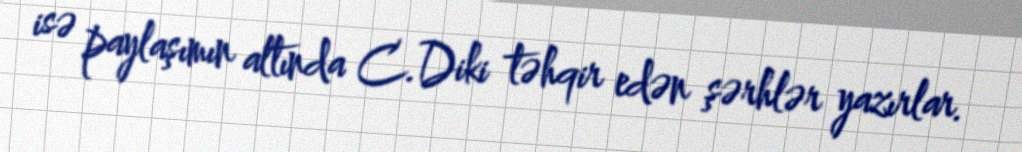
isə paylaşımın altında C.Diki təhqir edən şərhlər yazırlar.